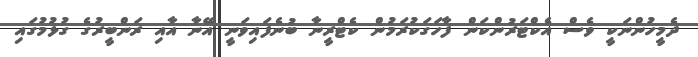
ދެމީހުންނަކީ ވެސް އެކްޓަރުންކަން ފާހަގަކުރަމުން ކެޓްރީނާ ބުނެފައިވަނީ އޭނާ އާއި ރަންބީރުގެ ގުޅުމުގައި